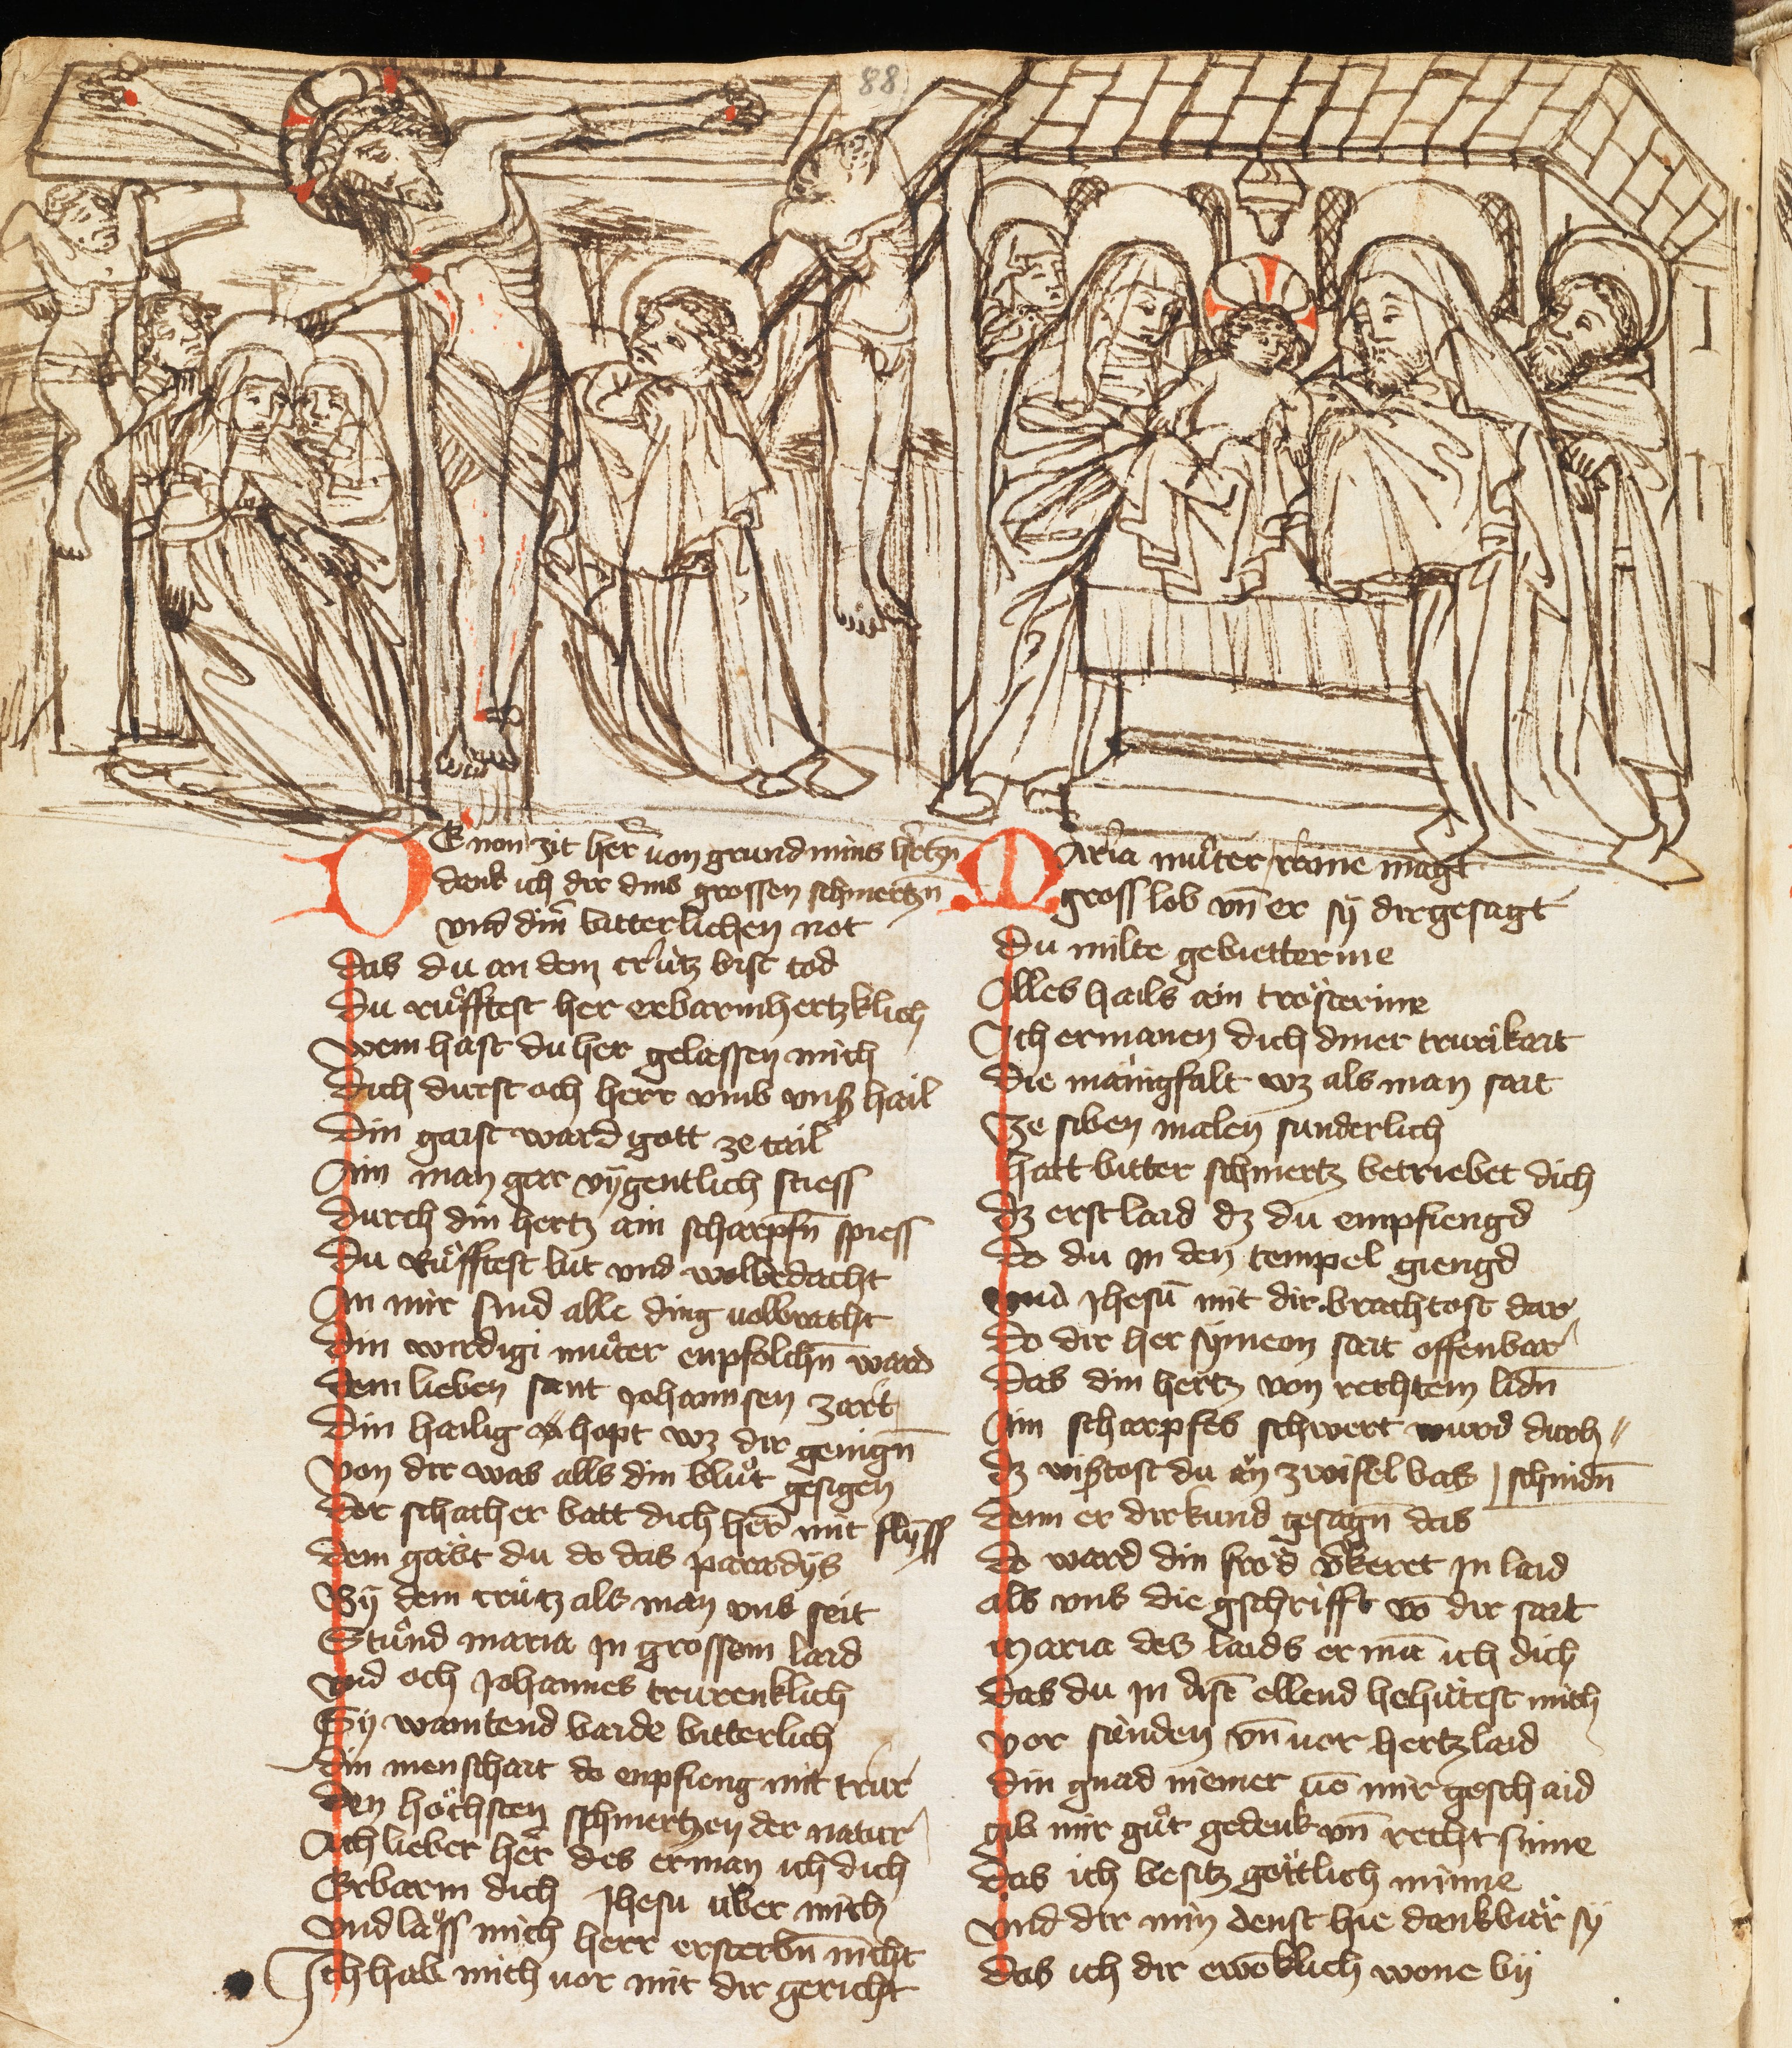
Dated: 1385–1415